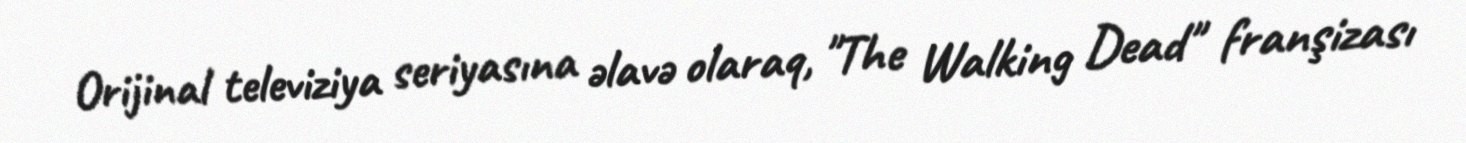
Orijinal televiziya seriyasına əlavə olaraq, "The Walking Dead" franşizası